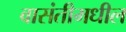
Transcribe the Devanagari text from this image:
वासंतीमधील